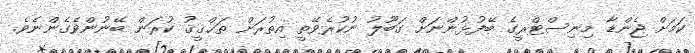
ކަމަށް ޖެންޑާ މިނިސްޓްރީގެ ބޭފުޅުންނަށް ގަބޫލު ނުކުރެވޭތީ އިތުރަށް ތަޙްޤީޤު ކުރަން ބޭނުންވެގެންނެވެ.